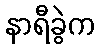
နာရီခွဲက